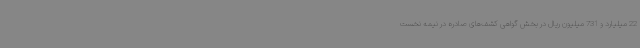
22 میلیارد و 731 میلیون ریال در بخش گواهی کشف‌های صادره در نیمه نخست